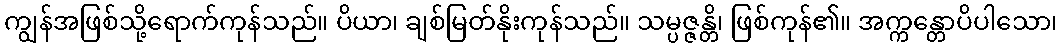
ကျွန်အဖြစ်သို့ရောက်ကုန်သည်။ ပိယာ၊ ချစ်မြတ်နိုးကုန်သည်။ သမ္ပဇ္ဇန္တိ၊ ဖြစ်ကုန်၏။ အက္ကန္တောပိပါသော၊